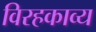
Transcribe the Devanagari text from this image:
विरहकाव्य